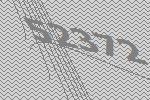
52372